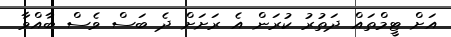
އަށް ޓީމްތައް ދަތުރު ކުރަން އެ ރަށަށް ދެ ބަސް ވެސް ބާއްވާ